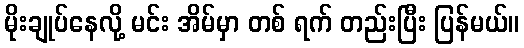
မိုးချုပ်နေလို့ မင်း အိမ်မှာ တစ် ရက် တည်းပြီး ပြန်မယ်။